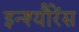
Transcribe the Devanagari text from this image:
इन्श्यौरेंस